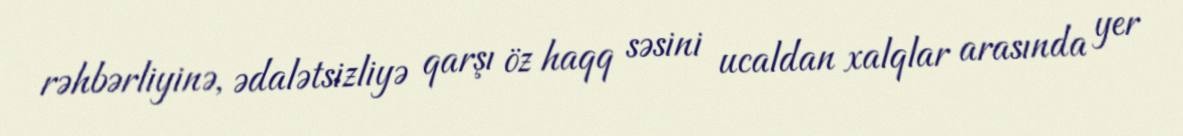
rəhbərliyinə, ədalətsizliyə qarşı öz haqq səsini ucaldan xalqlar arasında yer